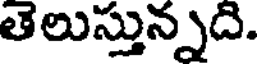
తెలుస్తున్నది.